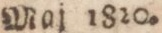
maj 1820.